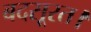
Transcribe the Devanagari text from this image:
बदसूरत।